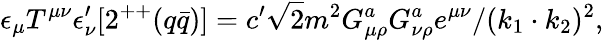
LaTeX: \epsilon_{\mu}T^{\mu\nu}\epsilon_{\nu}^{\prime}[2^{++}(q\bar{q})]=c^{\prime}\sqrt{2}m^{2}G_{\mu\rho}^{a}G_{\nu\rho}^{a}e^{\mu\nu}/(k_{1}\cdot k_{2})^{2},